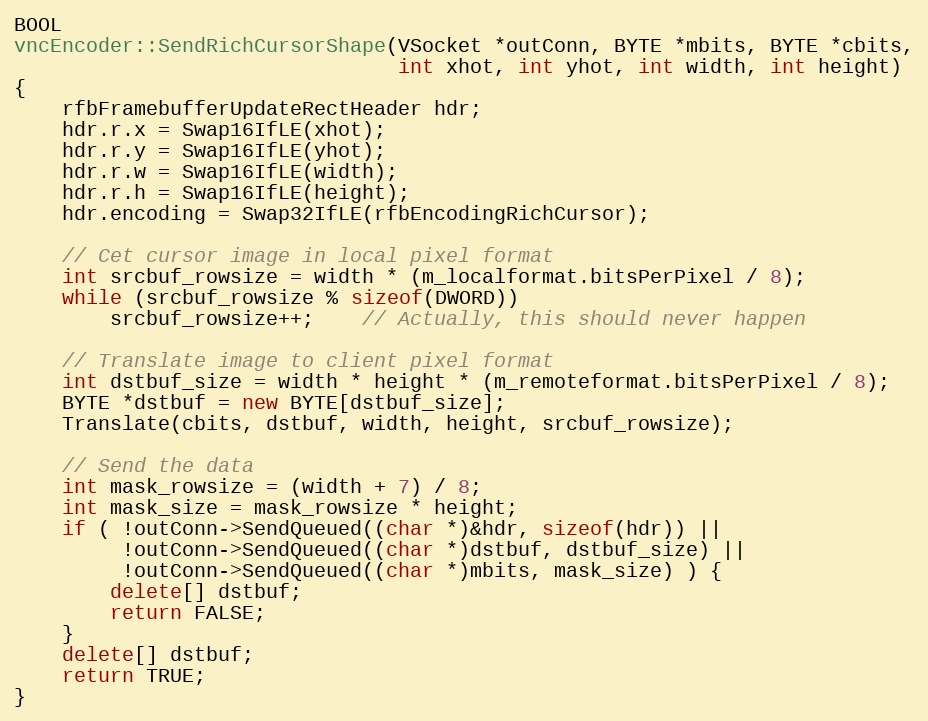
Language: C++
BOOL
vncEncoder::SendRichCursorShape(VSocket *outConn, BYTE *mbits, BYTE *cbits,
								int xhot, int yhot, int width, int height)
{
	rfbFramebufferUpdateRectHeader hdr;
	hdr.r.x = Swap16IfLE(xhot);
	hdr.r.y = Swap16IfLE(yhot);
	hdr.r.w = Swap16IfLE(width);
	hdr.r.h = Swap16IfLE(height);
	hdr.encoding = Swap32IfLE(rfbEncodingRichCursor);

	// Cet cursor image in local pixel format
	int srcbuf_rowsize = width * (m_localformat.bitsPerPixel / 8);
	while (srcbuf_rowsize % sizeof(DWORD))
		srcbuf_rowsize++;	// Actually, this should never happen

	// Translate image to client pixel format
	int dstbuf_size = width * height * (m_remoteformat.bitsPerPixel / 8);
	BYTE *dstbuf = new BYTE[dstbuf_size];
	Translate(cbits, dstbuf, width, height, srcbuf_rowsize);

	// Send the data
	int mask_rowsize = (width + 7) / 8;
	int mask_size = mask_rowsize * height;
	if ( !outConn->SendQueued((char *)&hdr, sizeof(hdr)) ||
		 !outConn->SendQueued((char *)dstbuf, dstbuf_size) ||
		 !outConn->SendQueued((char *)mbits, mask_size) ) {
		delete[] dstbuf;
		return FALSE;
	}
	delete[] dstbuf;
	return TRUE;
}